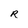
Character: R